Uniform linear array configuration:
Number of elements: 32
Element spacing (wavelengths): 0.25
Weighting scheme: hann
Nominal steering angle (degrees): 15
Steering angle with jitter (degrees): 15.289
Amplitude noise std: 0.05
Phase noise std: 0.05

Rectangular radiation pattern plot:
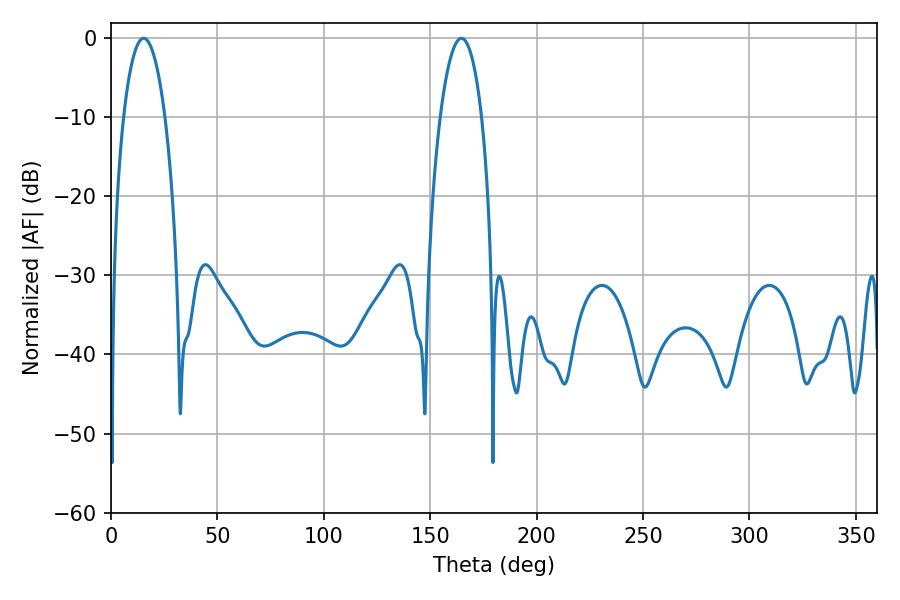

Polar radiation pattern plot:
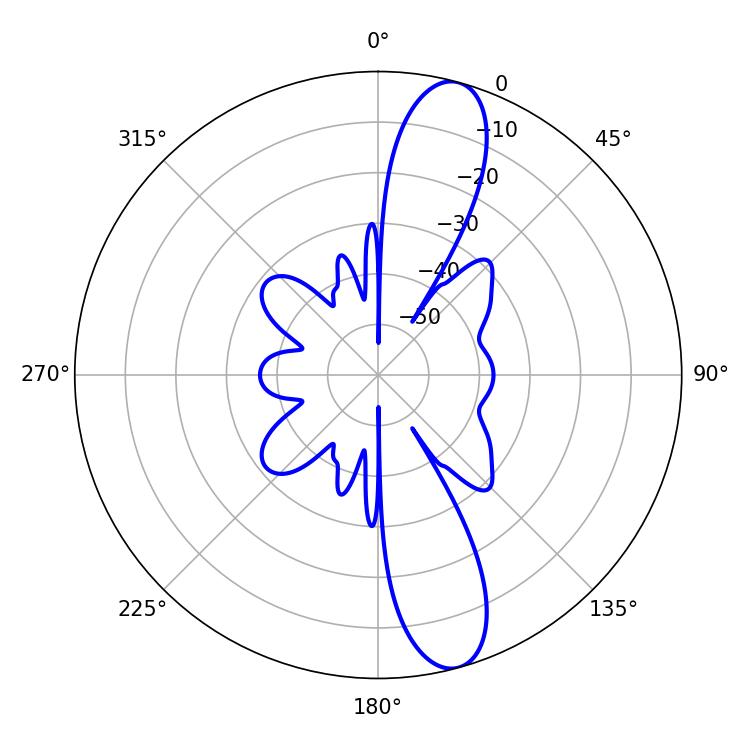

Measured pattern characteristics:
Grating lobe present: FALSE
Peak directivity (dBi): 12.684
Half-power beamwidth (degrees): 10.98
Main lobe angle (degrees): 15.3